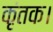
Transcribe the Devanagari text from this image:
कृंतक।